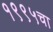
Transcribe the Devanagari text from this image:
१९९५चा